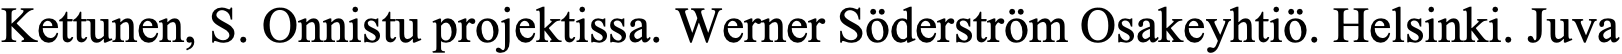
Kettunen, S. Onnistu projektissa. Werner Söderström Osakeyhtiö. Helsinki. Juva